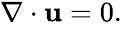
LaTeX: \begin{array}{r}{\nabla\cdot\mathbf{u}=0.}\end{array}